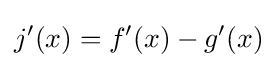
j^{\prime }(x)=f^{\prime }(x)-g^{\prime }(x)